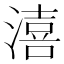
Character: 㵙